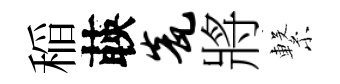
稲𦴤瓮將繋